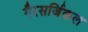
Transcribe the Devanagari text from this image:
गैरसर्जिकल